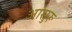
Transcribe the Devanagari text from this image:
आसुरू